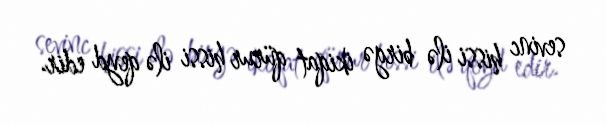
sevinc hissi ilə birgə ikiqat qürur hissi ilə qeyd edir.